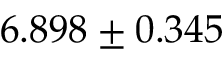
6 . 8 9 8 \pm 0 . 3 4 5